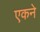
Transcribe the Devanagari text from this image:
एकने